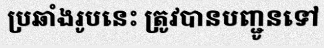
ប្រឆាំងរូបនេះ ត្រូវបានបញ្ជូនទៅ